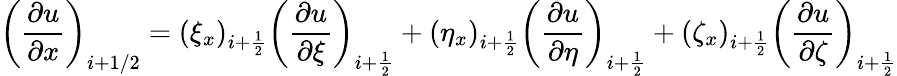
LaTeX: \left(\frac{\partial u}{\partial x}\right)_{i+1/2}=(\xi_{x})_{i+\frac{1}{2}}\left(\frac{\partial u}{\partial\xi}\right)_{i+\frac{1}{2}}+(\eta_{x})_{i+\frac{1}{2}}\left(\frac{\partial u}{\partial\eta}\right)_{i+\frac{1}{2}}+(\zeta_{x})_{i+\frac{1}{2}}\left(\frac{\partial u}{\partial\zeta}\right)_{i+\frac{1}{2}}